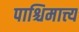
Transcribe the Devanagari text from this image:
पाश्चिमात्त्य